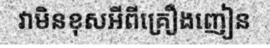
វាមិនខុសអីពីគ្រឿងញៀន